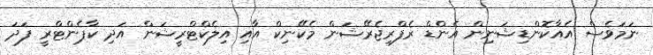
ނަމަވެސް އެއާކޮންޑިޝަނިން އެންޑް ރެފްރިޖެރޭޝަން މެކޭނިކް އާއި އިލެކްޓްރީޝަން އަދި ކާޕެންޓްރީ ފަދަ